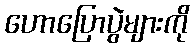
ဟောပြောပွဲများကို